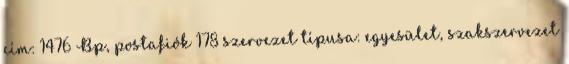
cím: 1476 Bp, postafiók 178 szervezet típusa: egyesület, szakszervezet